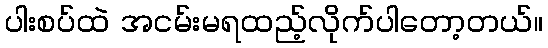
ပါးစပ်ထဲ အငမ်းမရထည့်လိုက်ပါတော့တယ်။